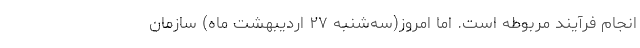
انجام فرآیند مربوطه است. اما امروز(سه‌شنبه ۲۷ اردیبهشت ماه) سازمان